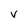
Character: V